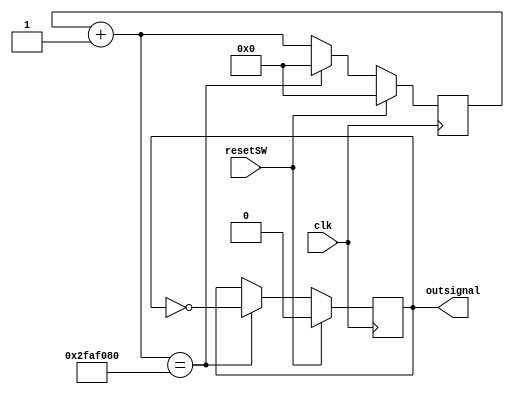
`timescale 1ns / 1ps

module ClkSignal1Hz(clk, resetSW, outsignal);
    input clk;
    input resetSW;
    output outsignal;
    reg outsignal;
    reg [26:0] counter;
    
    always @ (posedge clk)
        begin
	       if (resetSW)
	           begin
		          counter=0;
		          outsignal=0;
	           end
	       else
                begin
	               counter = counter +1;
                   if (counter == 50_000_000) //Every .5s toggle
		              begin
			             outsignal=~outsignal;
			             counter =0;
                      end
                end
        end
endmodule

module ClkSignal2Hz(clk, resetSW, outsignal);
    input clk;
    input resetSW;
    output outsignal;
    reg outsignal;
    reg [26:0] counter;
    
    always @ (posedge clk)
        begin
	       if (resetSW)
	           begin
		          counter=0;
		          outsignal=0;
	           end
	       else
                begin
	               counter = counter +1;
                   if (counter == 100_000_000) //Every .5s toggle
		              begin
			             outsignal=~outsignal;
			             counter =0;
                      end
                end
        end
endmodule

module ClkSignalSlow(clk, resetSW, outsignal);
    input clk;
    input resetSW;
    output outsignal;
    reg outsignal;
    reg [26:0] counter;
    
    always @ (posedge clk)
        begin
	       if (resetSW)
	           begin
		          counter=0;
		          outsignal=0;
	           end
	       else
                begin
	               counter = counter +1;
                   if (counter == 12_500_000) //Every .5s toggle
		              begin
			             outsignal=~outsignal;
			             counter =0;
                      end
                end
        end
endmodule


module ClkSignal400Hz(clk, resetSW, outsignal);
    input clk;
    input resetSW;
    output  outsignal;
    reg [26:0] counter;  
    reg outsignal;
    
    always @ (posedge clk)
        begin
	       if (resetSW)
	           begin
		          counter=0;
		          outsignal=0;
	           end
	       else
                begin
	               counter = counter +1;
                   if (counter == 125_000) //Every .5s toggle
		              begin
			             outsignal=~outsignal;
			             counter =0;
                      end
                end
        end
endmodule